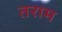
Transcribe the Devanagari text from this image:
तराम